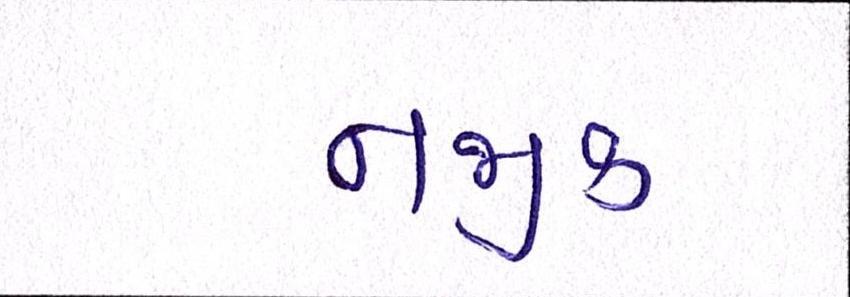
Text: નજીક